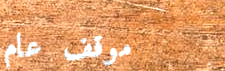
موقف عام